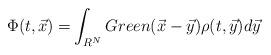
LaTeX: \begin{align*}{\normalsize \Phi(t,\vec{x})=}\int_{R^{N}}Green(\vec{x}-\vec{y})\rho(t,\vec{y}){\normalsize d\vec{y}}\end{align*}